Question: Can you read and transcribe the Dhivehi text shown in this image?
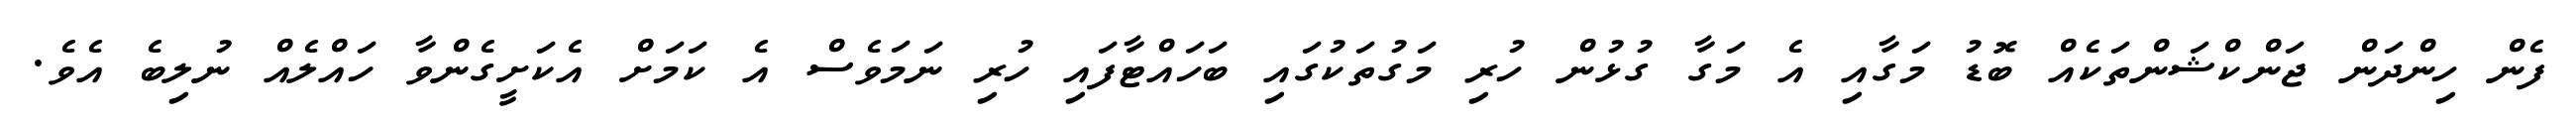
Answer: ފެން ހިންދަން ޖަންކްޝަންތަކެއް ބޮޑު މަގާއި އެ މަގާ ގުޅުން ހުރި މަގުތަކުގައި ބަހައްޓާފައި ހުރި ނަމަވެސް އެ ކަމަށް އެކަށީގެންވާ ހައްލެއް ނުލިބެ އެވެ.